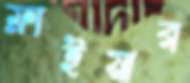
ফ্রাইয়ার